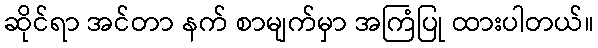
ဆိုင်ရာ အင်တာ နက် စာမျက်မှာ အကြံပြု ထားပါတယ်။